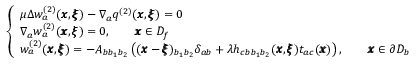
\left\{ \begin{array} { l l } { \mu \Delta w _ { a } ^ { ( 2 ) } ( { \pmb x } , { \pmb \xi } ) - \nabla _ { a } q ^ { ( 2 ) } ( { \pmb x } , { \pmb \xi } ) = 0 } \\ { \nabla _ { a } w _ { a } ^ { ( 2 ) } ( { \pmb x } , { \pmb \xi } ) = 0 , \qquad { \pmb x } \in D _ { f } } \\ { w _ { a } ^ { ( 2 ) } ( { \pmb x } , { \pmb \xi } ) = - A _ { b b _ { 1 } b _ { 2 } } \left( ( { \pmb x } - { \pmb \xi } ) _ { b _ { 1 } b _ { 2 } } \delta _ { a b } + { \lambda } h _ { c b b _ { 1 } b _ { 2 } } ( { \pmb x } , { \pmb \xi } ) t _ { a c } ( { \pmb x } ) \right) , \qquad { \pmb x } \in \partial D _ { b } } \end{array} \right.